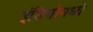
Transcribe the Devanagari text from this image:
इंडिगोमध्ये